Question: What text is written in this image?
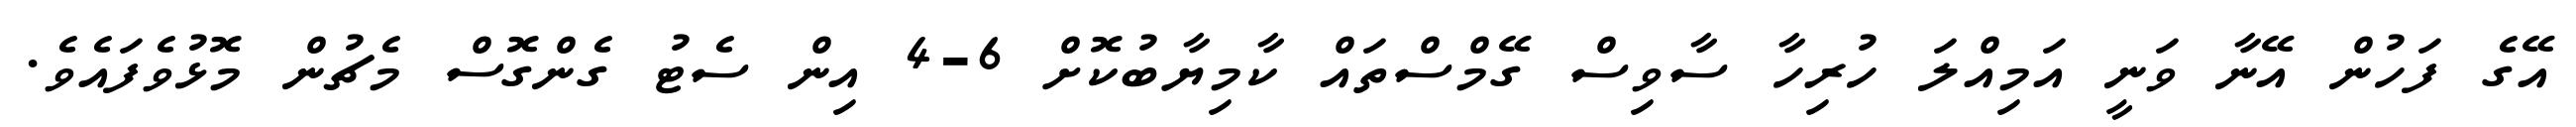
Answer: އޭގެ ފަހުން އޭނާ ވަނީ އަމިއްލަ ހުރިހާ ސާވިސް ގޭމްސްތައް ކާމިޔާބުކޮށް 6-4 އިން ސެޓު ގެންގޮސް މެޗުން މޮޅުވެފައެވެ.